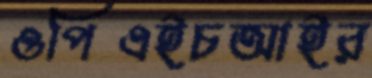
ওপিএইচআইর